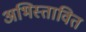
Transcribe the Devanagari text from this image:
अभिस्तावित